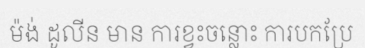
ម៉ង់ ដូលីន មាន ការខ្វះចន្លោះ ការបកប្រែ